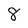
Character: 8